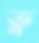
ভু